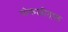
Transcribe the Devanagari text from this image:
पोकळीताल